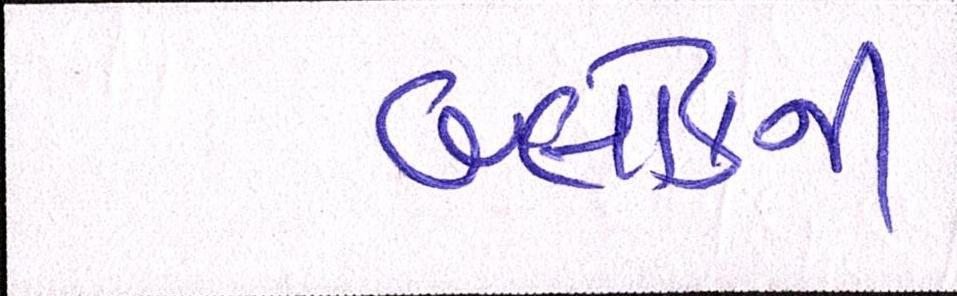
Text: બ્લોકની